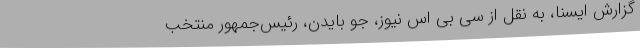
گزارش ایسنا، به نقل از سی بی اس نیوز، جو بایدن، رئیس‌جمهور منتخب